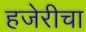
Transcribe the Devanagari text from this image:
हजेरीचा